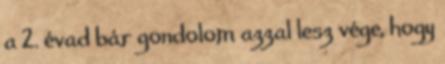
a 2. évad bár gondolom azzal lesz vége, hogy